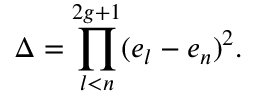
\Delta = \prod _ { l < n } ^ { 2 g + 1 } ( e _ { l } - e _ { n } ) ^ { 2 } .